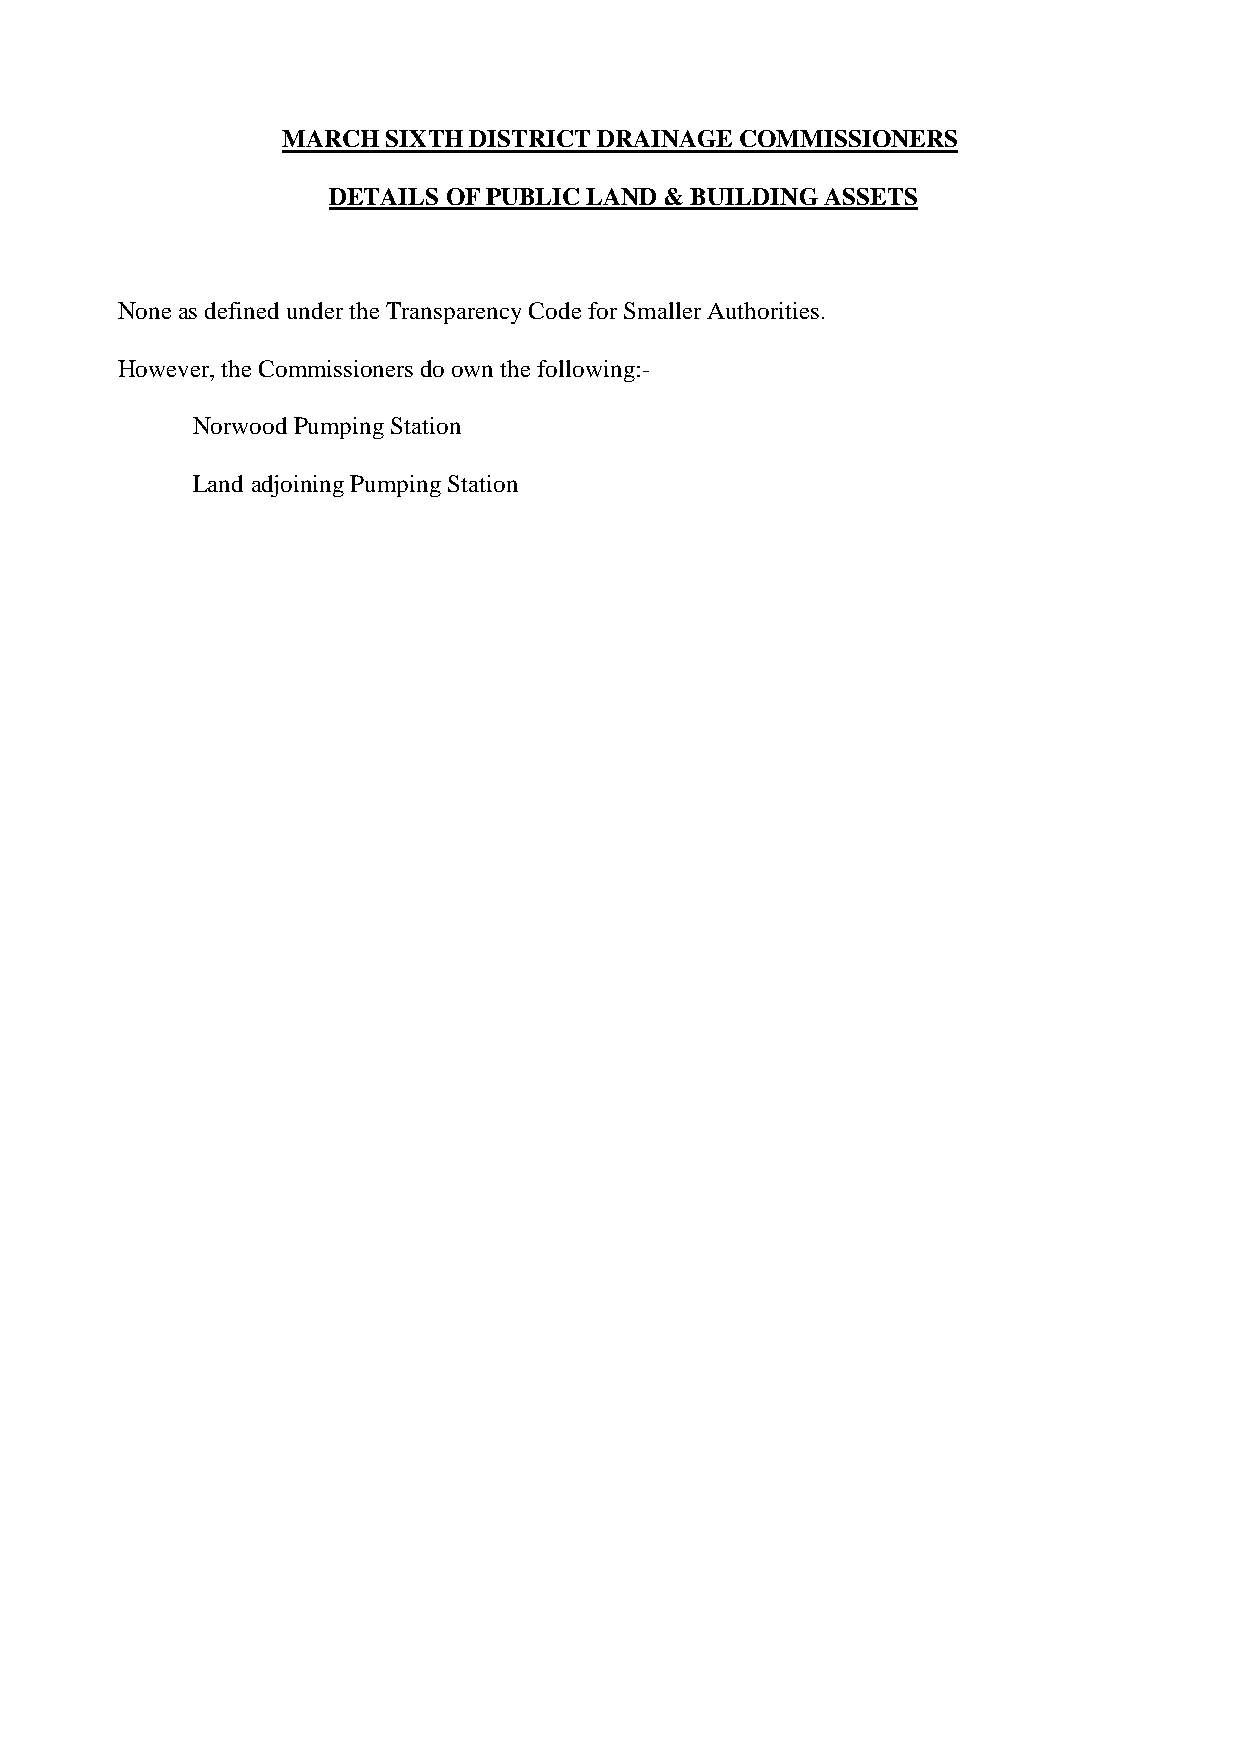
MARCH  SIXTH DISTRICT DRAINAGE COMMISSIONERS
 DETAILS OF PUBLIC LAND & BUILDING ASSETS
 None as defined under the Transparency Code for Smaller Authorities.
 However, the Commissioners do own the following:-
 Norwood Pumping Station
 Land adjoining Pumping Station